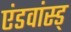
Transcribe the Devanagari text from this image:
एंडवांस्ड्